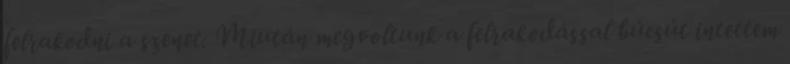
felrakodni a szenet. Miután megvoltunk a felrakodással búcsút intettem